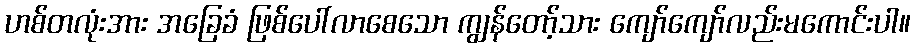
ဟစ်တလုံးအား အခြေခံ ဖြစ်ပေါ်လာစေသော ကျွန်တော့်သား ကျော်ကျော်လည်းမကောင်းပါ။